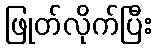
ဖြုတ်လိုက်ပြီး